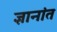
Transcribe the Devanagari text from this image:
ज्ञानांत